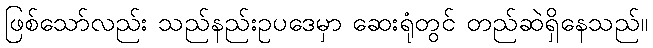
ဖြစ်သော်လည်း သည်နည်းဥပဒေမှာ ဆေးရုံတွင် တည်ဆဲရှိနေသည်။